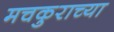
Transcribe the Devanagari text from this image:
मचकुराच्या